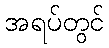
အရပ်တွင်